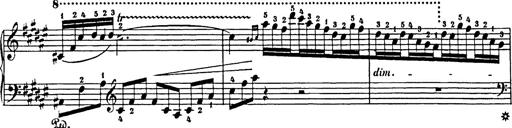
Title: Impromptu
Composer: JosÃ© MarÃ­a Usandizaga
Key: A major